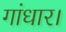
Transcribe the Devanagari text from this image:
गांधार।